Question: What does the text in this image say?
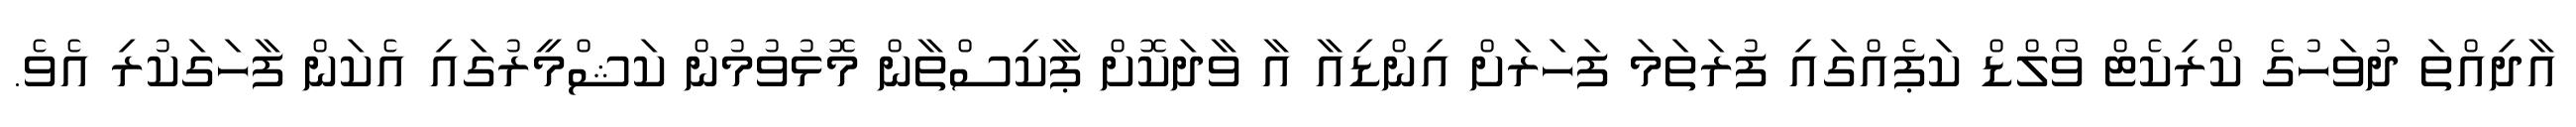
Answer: އާދިއްތަ ދުވަހުގެ ކްރިކެޓް ވޯލްޑް ކަޕެއްގައި ފުރަތަމަ ފަހަރަށް އިންޑިއާ އާ ވާދަކޮށް ޕާކިސްތާން މޮޅުވުމުން ކަޝްމީރުގައި އެކަން ފާހަގަކުރި އެވެ.